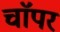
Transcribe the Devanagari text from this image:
चाॅपर